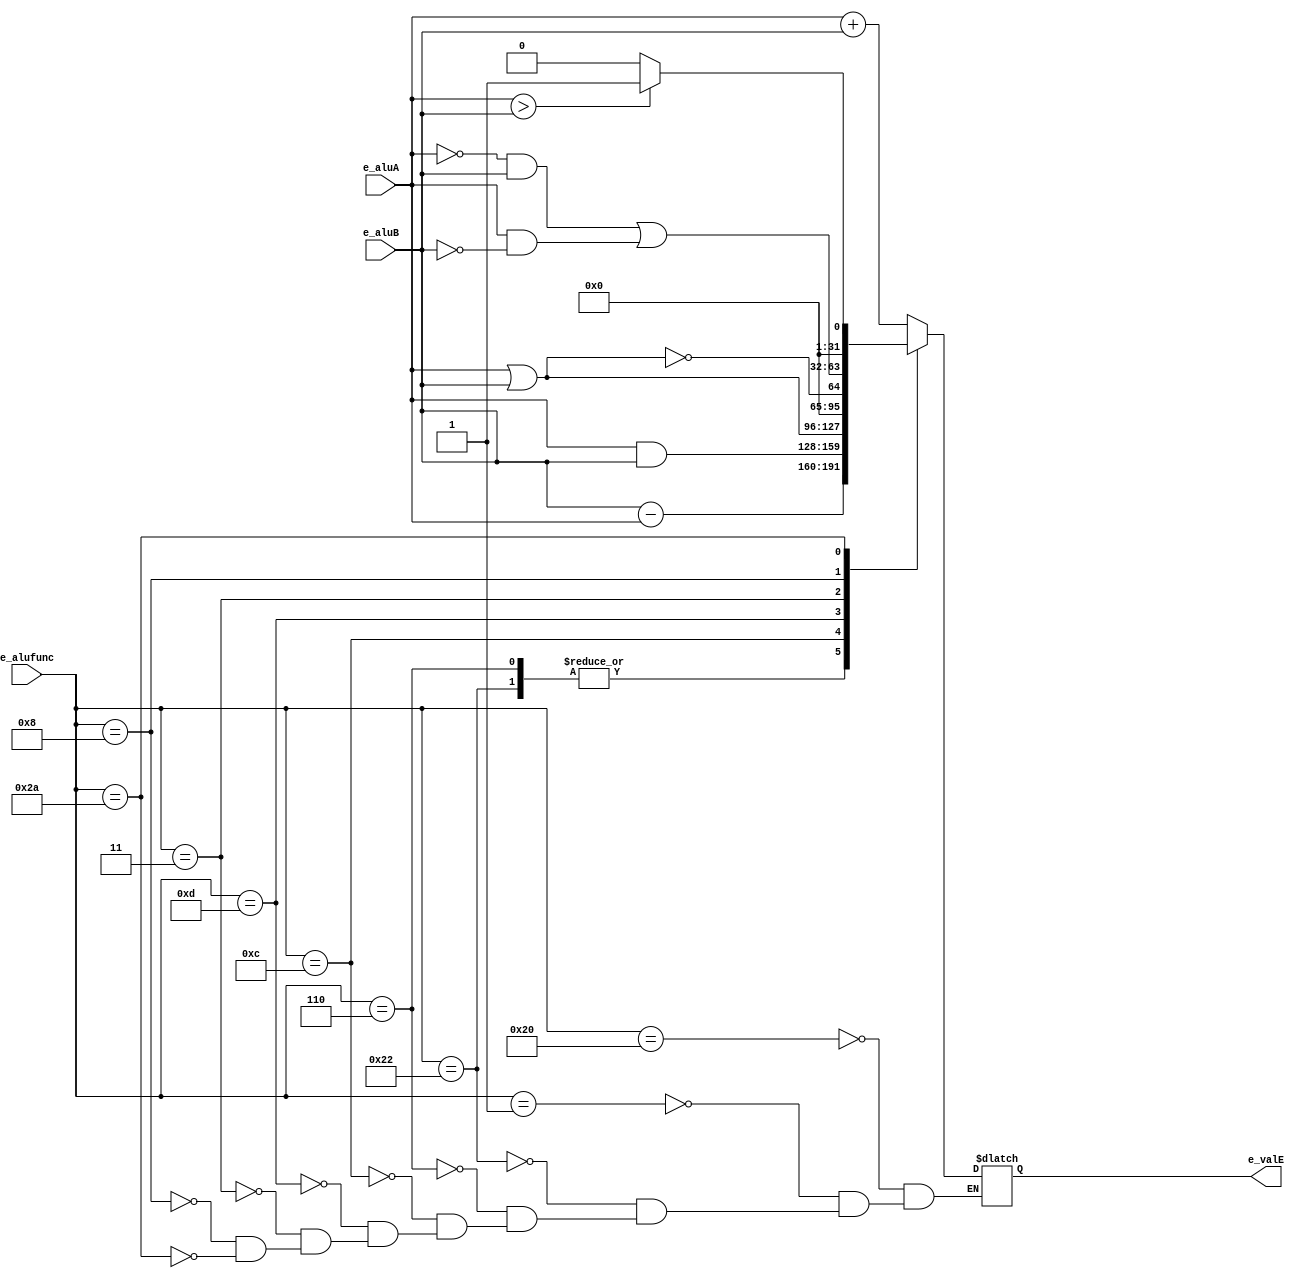
`ifndef _alu
`define _alu


module alu(
    output reg [31:0] e_valE,
    input [31:0] e_aluA,
    input [31:0] e_aluB,
    input [5:0] e_alufunc
);

    always @(e_aluA, e_aluB, e_alufunc) begin
        case(e_alufunc)
            6'b100000: begin
                e_valE <= e_aluA + e_aluB;
            end
            6'b000001: begin
                e_valE <= e_aluA + e_aluB;
            end
            6'b100010: begin
                e_valE <= e_aluB - e_aluA;
            end
            6'b000110: begin
                e_valE <= e_aluB - e_aluA;
            end            
            6'b001100: begin
                e_valE <= e_aluA & e_aluB;
            end
            6'b001101: begin
                e_valE <= e_aluA | e_aluB;
            end
            6'b000011: begin
                e_valE <= !(e_aluA | e_aluB);
            end
            6'b001000: begin
                e_valE <= (!(e_aluA) & e_aluB) | (e_aluA & !(e_aluB));
            end
            6'b101010: begin
                e_valE <= (e_aluA>e_aluB)?1:0;
            end

        endcase


    end

endmodule

`endif